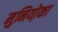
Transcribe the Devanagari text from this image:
मुनियो़का